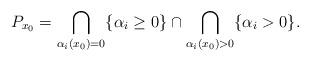
LaTeX: \begin{align*}P_{x_0}=\bigcap_{\alpha_i(x_0)=0}\{\alpha_i\geq 0\}\cap\bigcap_{\alpha_i(x_0)>0}\{\alpha_i> 0\}. \end{align*}